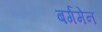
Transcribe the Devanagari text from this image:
बर्गमेन